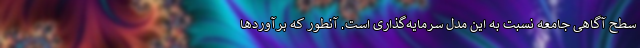
سطح آگاهی جامعه نسبت به این مدل سرمایه‌گذاری است. آنطور که برآوردها